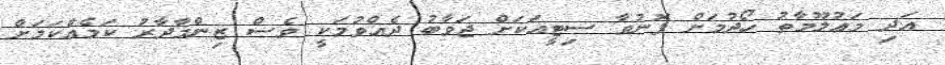
އަދި މަޢުލޫމާތު ހޯދުމަށް ފޮނުވާ ސިޓީއަކަށް ޖަވާބު ދެއްވުމަކީ ވެސް ޒިންމާދާރު ކަމެއްކަމަށް